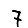
Digit: 7